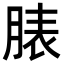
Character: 脿